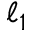
\ell _ { 1 }